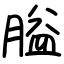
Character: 膉